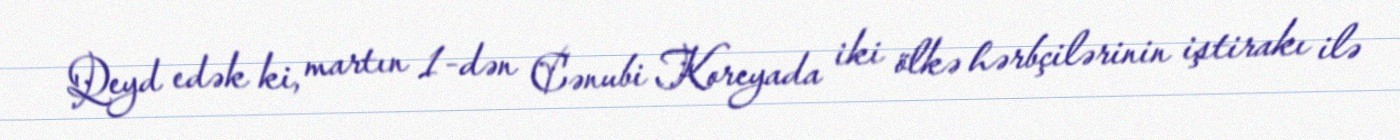
Qeyd edək ki, martın 1-dən Cənubi Koreyada iki ölkə hərbçilərinin iştirakı ilə